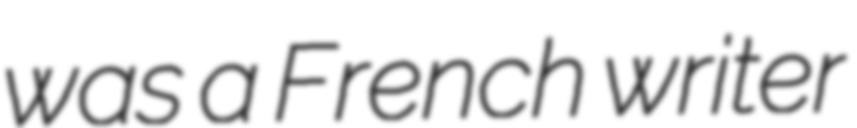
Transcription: was a French writer